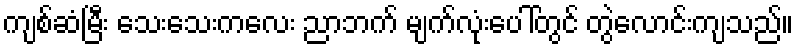
ကျစ်ဆံမြီး သေးသေးကလေး ညာဘက် မျက်လုံးပေါ်တွင် တွဲလောင်းကျသည်။